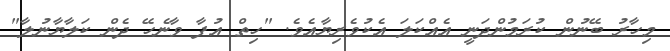
މިހާރު ބޭނުން ކުރަމުންދަނީ އެއްކަލަ އެކުވެރިޔާއެވެ. "ހިތް އުފާ ވާނެހޭ ދެން ކަލާޔާނުލާ"